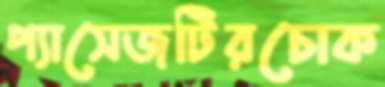
প্যাসেজটিরচোক